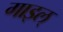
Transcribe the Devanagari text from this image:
गाइल्